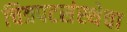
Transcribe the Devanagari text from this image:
चित्रपटसंस्थेचा